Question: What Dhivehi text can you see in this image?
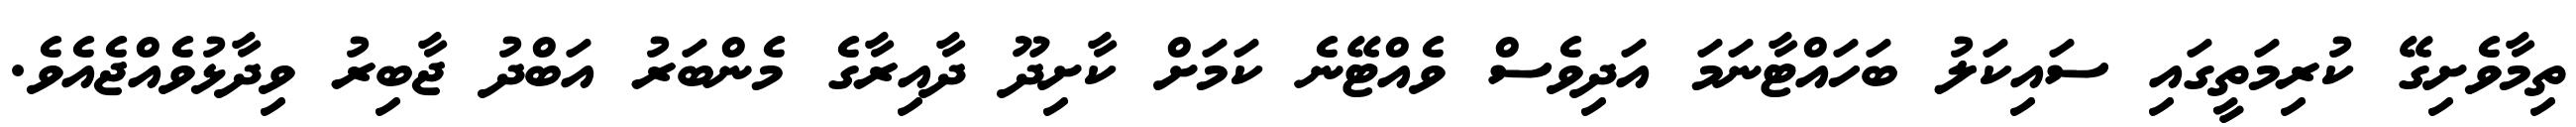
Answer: ތިމާވެށިގޭ ކުރިމަތީގައި ސައިކަލު ބަހައްޓާނަމަ އަދިވެސް ވެއްޓޭނެ ކަމަށް ކާށިދޫ ދާއިރާގެ މެންބަރު އަބްދު ޖާބިރު ވިދާޅުވެއްޖެއެވެ.